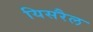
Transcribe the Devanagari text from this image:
यिसरैल